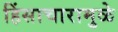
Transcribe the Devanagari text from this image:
हिंसाचारामुळे